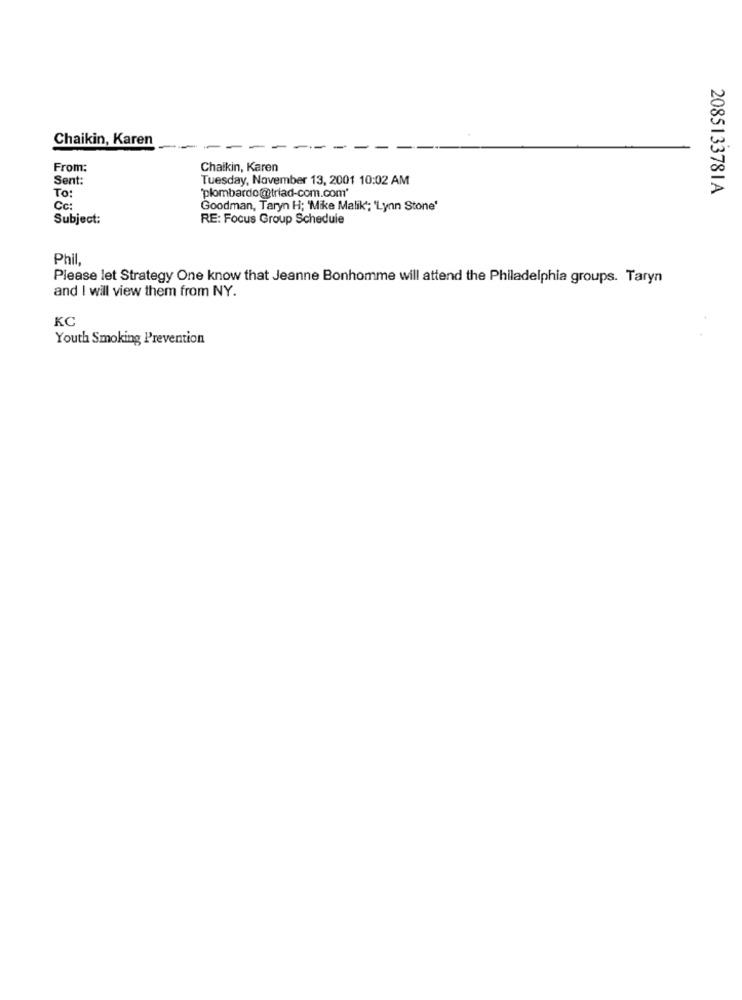
Chaikin, Karen
From:
Chaikin, Karen
Sent:
Tuesday, November 13, 2001 10:02 AM
'plombardo@triad-com.com'
2085133781A
To:
Cc:
Goodman, Taryn H; 'Mike Malik'; 'Lynn Stone'
Subject:
RE: Focus Group Schedule
Phil,
Please let Strategy One know that Jeanne Bonhomme will attend the Philadelphia groups. Taryn
and I will view them from NY.
KC
Youth Smoking Prevention